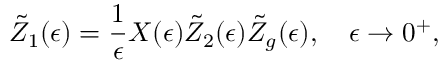
\tilde { Z } _ { 1 } ( \epsilon ) = { \frac { 1 } { \epsilon } } X ( \epsilon ) \tilde { Z } _ { 2 } ( \epsilon ) \tilde { Z } _ { g } ( \epsilon ) , \quad \epsilon \rightarrow 0 ^ { + } ,